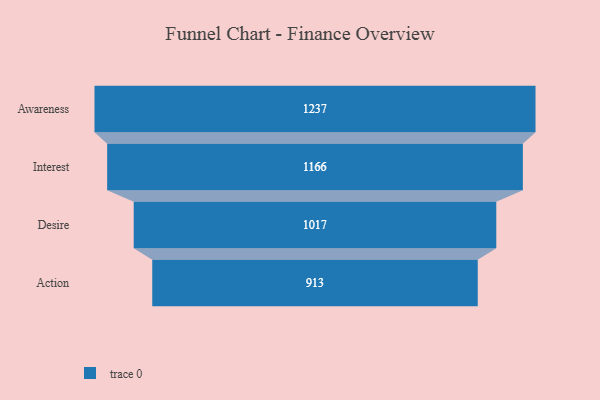
{"axis": {"x": "Stage", "y": "Value"}, "legend": [""], "data": [{"x": "Awareness", "y": 1237.0, "type": ""}, {"x": "Interest", "y": 1166.0, "type": ""}, {"x": "Desire", "y": 1017.0, "type": ""}, {"x": "Action", "y": 913.0, "type": ""}]}